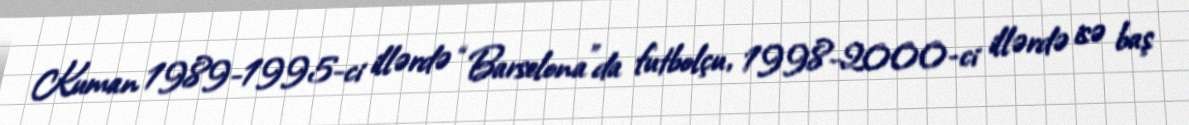
Kuman 1989-1995-ci illərdə “Barselona”da futbolçu, 1998-2000-ci illərdə isə baş